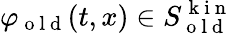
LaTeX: \varphi_{\mathrm{~o~l~d~}}(t,x)\in S_{\mathrm{~o~l~d~}}^{\mathrm{~k~i~n~}}